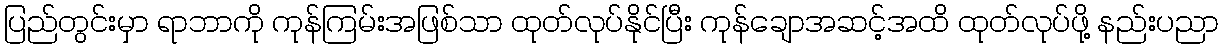
ပြည်တွင်းမှာ ရာဘာကို ကုန်ကြမ်းအဖြစ်သာ ထုတ်လုပ်နိုင်ပြီး ကုန်ချောအဆင့်အထိ ထုတ်လုပ်ဖို့ နည်းပညာ